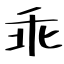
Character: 乖